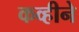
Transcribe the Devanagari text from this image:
कव्हीने